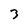
Character: 3